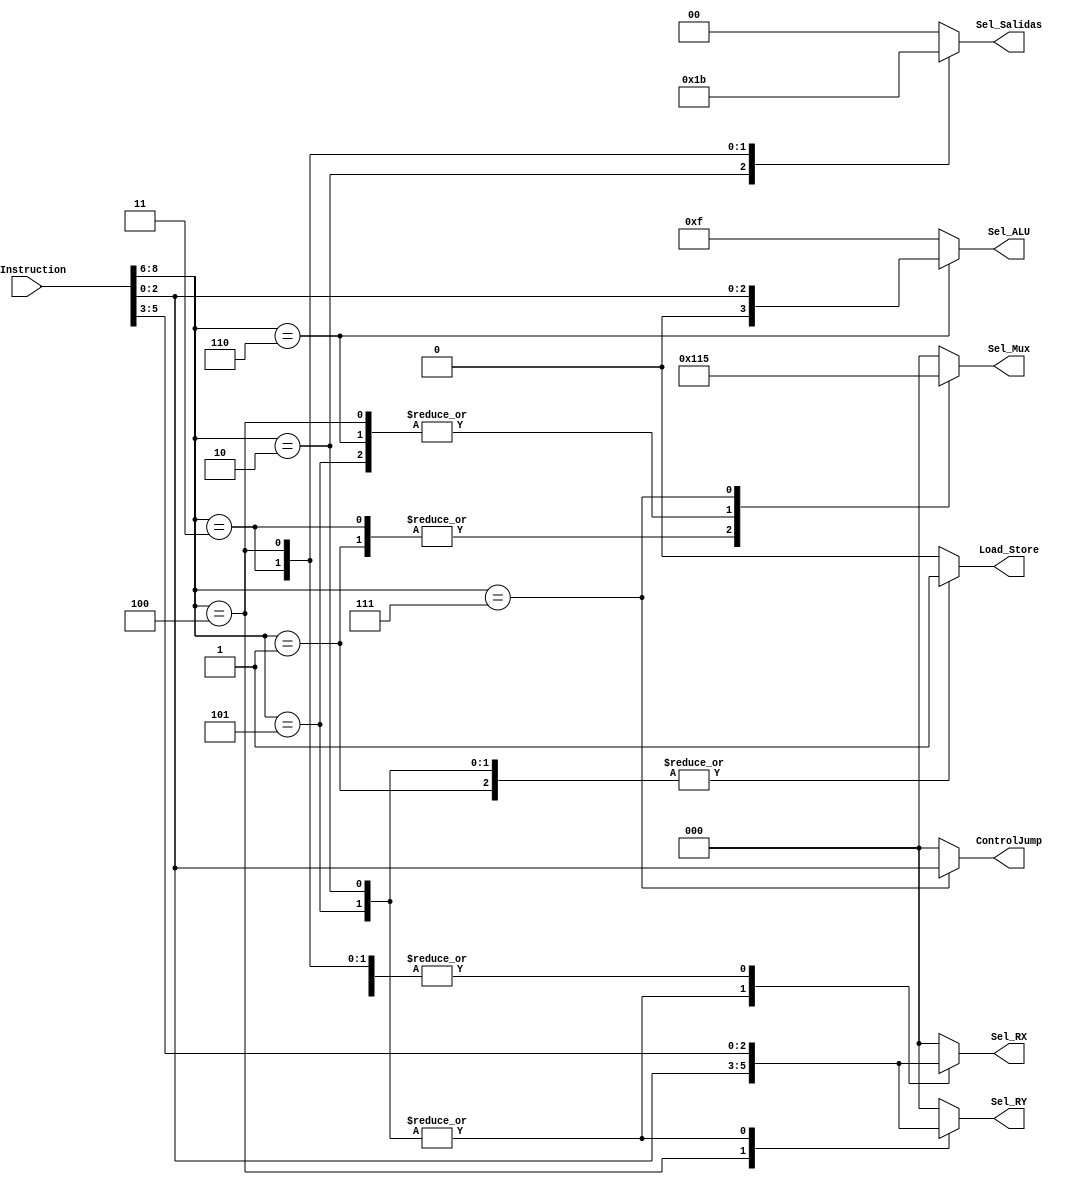
`timescale 1ns / 1ps
//////////////////////////////////////////////////////////////////////////////////
// Company: 
// Engineer: 
// 
// Design Name: 
// Module Name: Decov2
// Project Name: 
// Target Devices: 
// Tool Versions: 
// Description: 
// 
// Dependencies: 
// 
// Revision:
// Revision 0.01 - File Created
// Additional Comments:
// 
//////////////////////////////////////////////////////////////////////////////////


module Decov2(
           input [8:0] i_Instruction,
           
           output reg [2:0] ControlJump,
           output reg [2:0] Sel_Mux,
           output reg [2:0] Sel_RY,
           output reg [2:0] Sel_RX,
           output reg Load_Store,
           output reg [3:0] Sel_ALU,
           output reg [1:0] Sel_Salidas
    );

             always@(i_Instruction)
             begin
                case (i_Instruction[8:6])
                   3'b001:  
                   begin
                            Sel_Mux=3'b100; 
                            Sel_RY=3'b000; 
                            Sel_RX=i_Instruction[5:3]; 
                            Load_Store=1'b1; 
                            Sel_ALU=4'b1111;
                            Sel_Salidas=2'b00;
                            ControlJump=3'b000;
                            
                            end
                   3'b010: 
                   begin 
                            Sel_Mux=3'b000;
                            Sel_RY=i_Instruction[5:3];
                            Sel_RX=i_Instruction[2:0];
                            Load_Store=1'b1;
                            Sel_ALU=4'b1111;
                            Sel_Salidas=2'b01;
                            ControlJump=3'b000;
                            
                            end
                   3'b011:  
                   begin
                             Sel_Mux=3'b100;
                             Sel_RY=3'b000;
                             Sel_RX=i_Instruction[5:3];
                             Load_Store=1'b0;
                             Sel_ALU=4'b1111;
                             Sel_Salidas=2'b10;
                             ControlJump=3'b000;
                             end
                   3'b100:
                   begin 
                             Sel_Mux=3'b010;
                             Sel_RY=i_Instruction[2:0];
                             Sel_RX=i_Instruction[5:3];
                             Load_Store=1'b0;
                             Sel_ALU=4'b1111;
                             Sel_Salidas=2'b11;
                             ControlJump=3'b000;
                             end
                   3'b101:
                   begin  
                             Sel_Mux=3'b010;
                             Sel_RY=i_Instruction[5:3];
                             Sel_RX=i_Instruction[2:0];
                             Load_Store=1'b1;
                             Sel_ALU=4'b1111;
                             Sel_Salidas=2'b00;
                             ControlJump=3'b000;
                             end
                   3'b110:
                   begin  
                             Sel_Mux=3'b010;
                             Sel_RY=3'b000;
                             Sel_RX=i_Instruction[5:3];
                             Load_Store=1'b0;
                             Sel_ALU={1'b0,i_Instruction[2:0]};
                             Sel_Salidas=2'b00;
                             ControlJump=3'b000;
                             
                             end
                   3'b111:
                   begin  
                             Sel_Mux=3'b101;
                             Sel_RY=3'b000;
                             Sel_RX=i_Instruction[5:3];
                             Load_Store=1'b0;
                             Sel_ALU=4'b1111;
                             Sel_Salidas=2'b00;
                             ControlJump=i_Instruction[2:0];
                             end
                   default:
                   begin  
                             Sel_Mux=0;
                             Sel_RY=0;
                             Sel_RX=0;
                             Load_Store=0;
                             Sel_ALU=4'b1111;
                             Sel_Salidas=0;
                             ControlJump=0;
                             end
                endcase
            end

endmodule